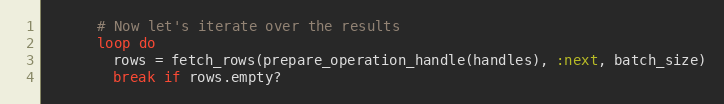
Language: Ruby
      # Now let's iterate over the results
      loop do
        rows = fetch_rows(prepare_operation_handle(handles), :next, batch_size)
        break if rows.empty?